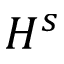
H ^ { s }